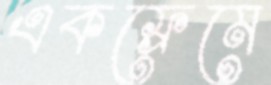
একফ্রেমে